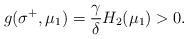
\begin{align*} g(\sigma^+,\mu_1) = \frac{\gamma}{\delta}H_2(\mu_1) > 0. \end{align*}